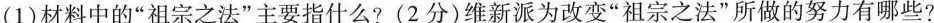
(1)材料中的”祖宗之法”主要指什么?(2分)维新派为改变”祖宗之法”所做的努力有哪些?